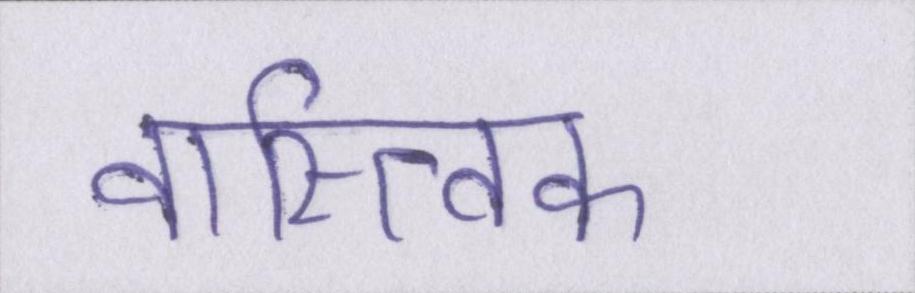
वास्त्विक